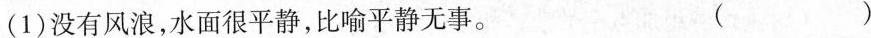
(1)没有风浪，水面很平静，比喻平静无事。( )